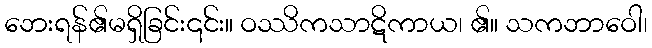
ဘေးရန်၏မရှိခြင်း၎င်း။ ဝဿိကသာဋိကာယ၊ ၏။ သကဘာဝေါ၊